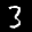
Label: 3